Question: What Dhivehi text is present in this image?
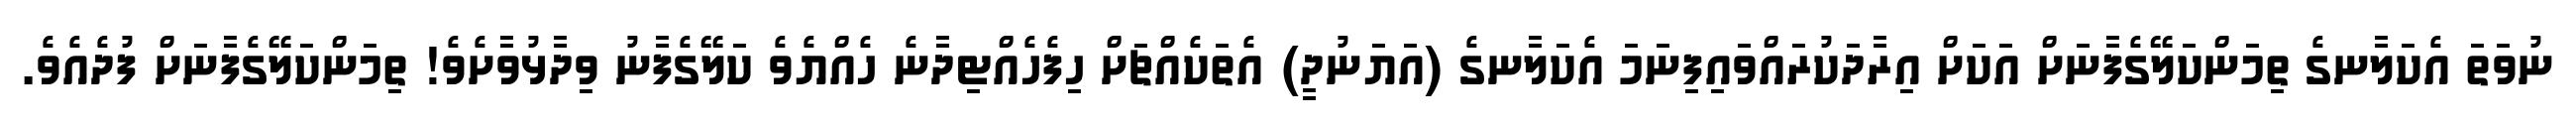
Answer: ނުވަތަ އެކަލާނގެ ތިމަންކަލޭގެފާނަށް އަކަށް އިރާދަކުރައްވައިފިނަމަ އެކަލާނގެ (އަޔަނުދީ) އެތަކެއްޗަށް ހިފެހެއްޓިދާނެ ހެއްޔެވެ ކަލޭގެފާނު ވިދާޅުވާށެވެ! ތިމަންކަލޭގެފާނަށް ފުދެއެވެ.